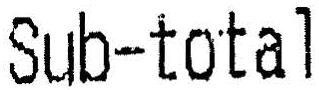
SUB-TOTAL